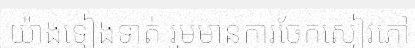
យ៉ាងទៀងទាត់ រួមមានការចែកសៀវភៅ